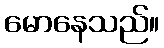
မောနေသည်။